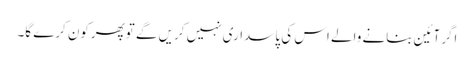
اگرآئین بنانے والے اس کی پاسداری نہیں کریں گے توپھرکون کرے گا۔